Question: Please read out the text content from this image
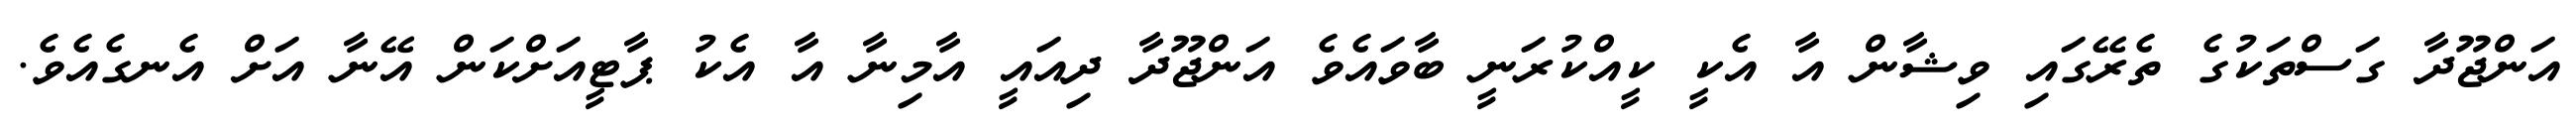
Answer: އަންޖޫދާ ގަސްތަކުގެ ތެރޭގައި ވިޝާން އާ އެކީ ކީއްކުރަނީ ބާވައެވެ އަންޖޫދާ ދިއައީ އާމިނާ އާ އެކު ޕާޓީއަށްކަން އޭނާ އަށް އެނގެއެވެ.